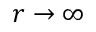
r \to \infty